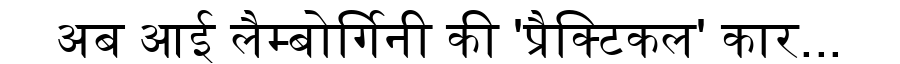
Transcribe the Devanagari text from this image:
अब आई लैम्बोर्गिनी की 'प्रैक्टिकल' कार...